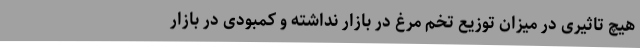
هیچ تاثیری در میزان توزیع تخم مرغ در بازار نداشته و کمبودی در بازار